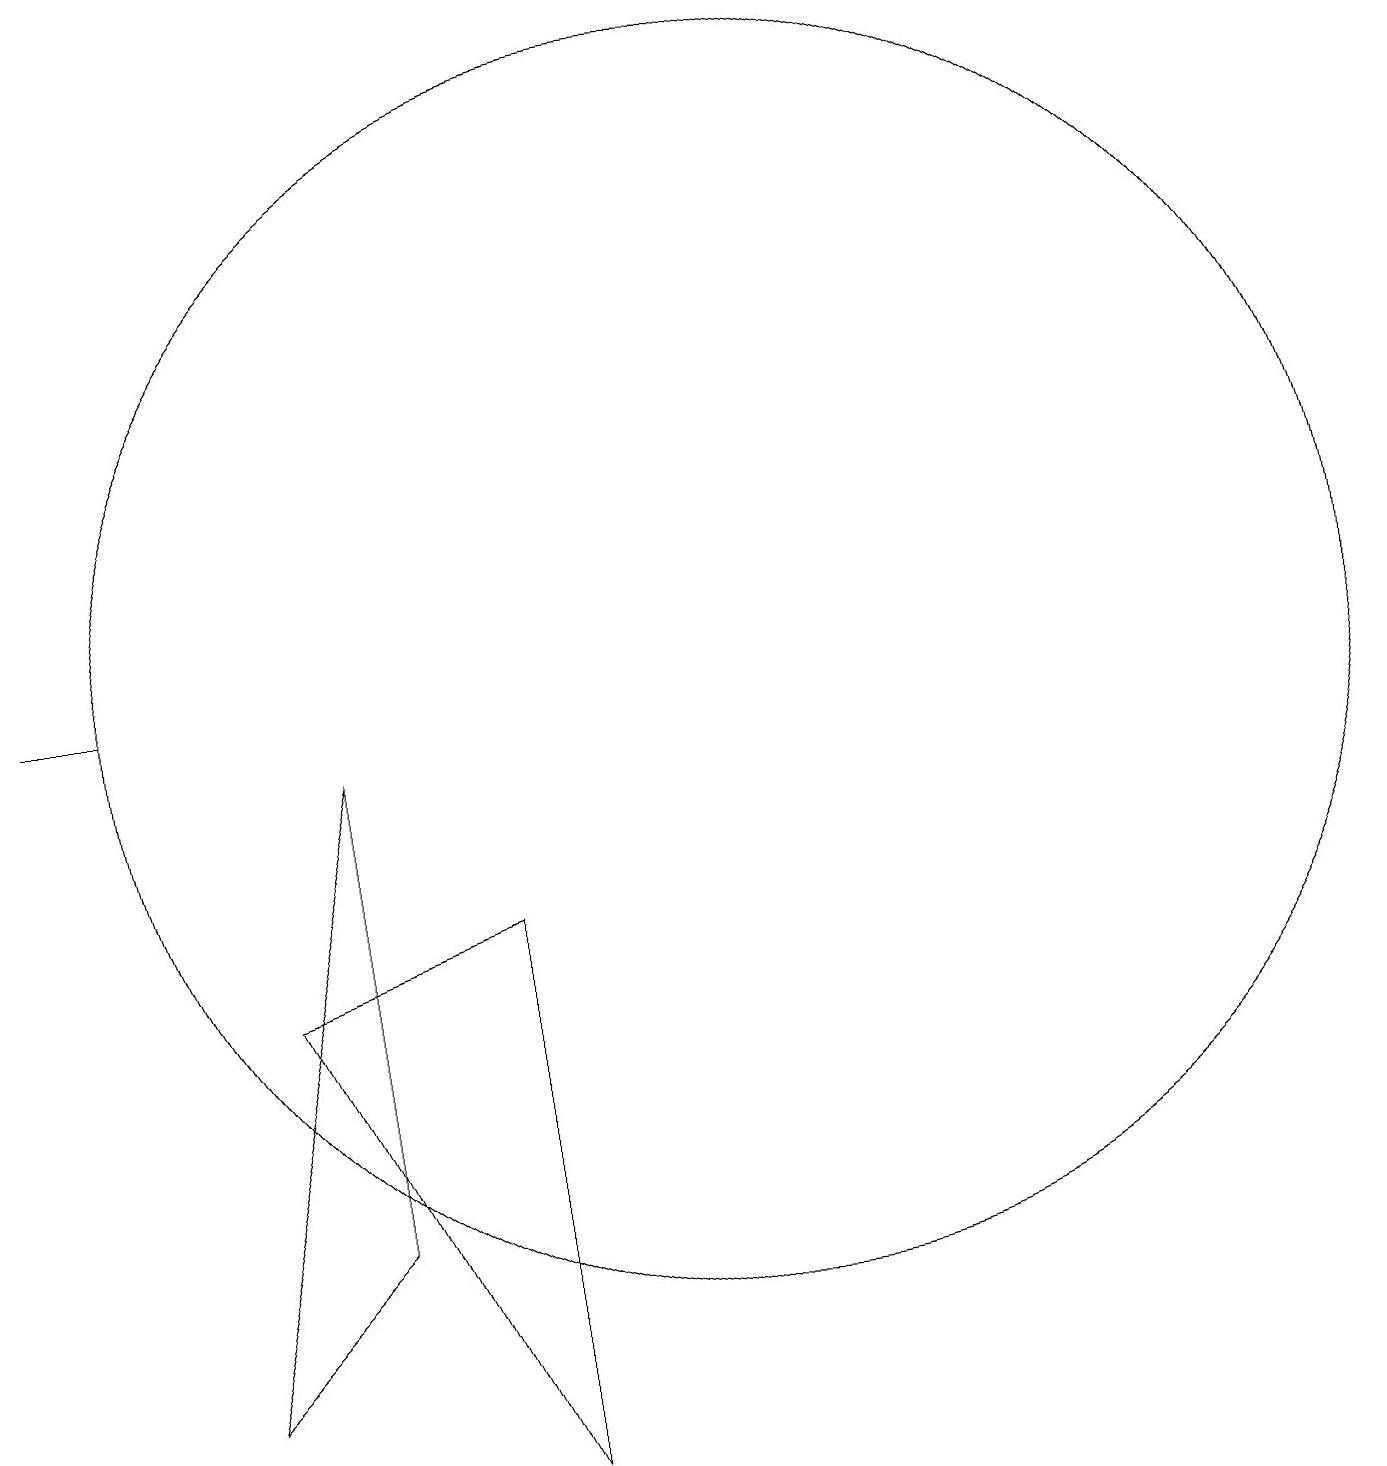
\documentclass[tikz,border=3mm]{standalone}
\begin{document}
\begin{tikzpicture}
\draw (6,9) -- (6,3) -- (4,1) -- cycle;
\draw (2,10) rectangle (3,10);
\draw (8,0) -- (5,6) -- (8,7) -- cycle;
\draw (11,10) circle (8);
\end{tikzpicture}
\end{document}